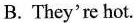
B. They're hot.